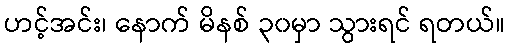
ဟင့်အင်း၊ နောက် မိနစ် ၃၀မှာ သွားရင် ရတယ်။